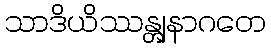
သာဒိယိဿန္တျနာဂတေ